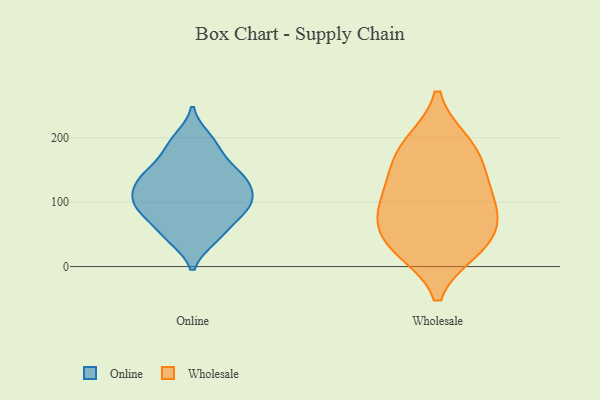
{"axis": {"x": "Customer Acquisition Cost (USD)", "y": "Value"}, "legend": ["Online", "Wholesale"], "data": [{"x": "", "y": 144, "type": "Online"}, {"x": "", "y": 103, "type": "Online"}, {"x": "", "y": 140, "type": "Online"}, {"x": "", "y": 44, "type": "Online"}, {"x": "", "y": 129, "type": "Online"}, {"x": "", "y": 78, "type": "Online"}, {"x": "", "y": 107, "type": "Online"}, {"x": "", "y": 192, "type": "Online"}, {"x": "", "y": 199, "type": "Online"}, {"x": "", "y": 157, "type": "Online"}, {"x": "", "y": 105, "type": "Online"}, {"x": "", "y": 86, "type": "Online"}, {"x": "", "y": 134, "type": "Online"}, {"x": "", "y": 138, "type": "Online"}, {"x": "", "y": 50, "type": "Online"}, {"x": "", "y": 181, "type": "Online"}, {"x": "", "y": 85, "type": "Online"}, {"x": "", "y": 86, "type": "Online"}, {"x": "", "y": 44, "type": "Online"}, {"x": "", "y": 110, "type": "Online"}, {"x": "", "y": 189, "type": "Wholesale"}, {"x": "", "y": 112, "type": "Wholesale"}, {"x": "", "y": 27, "type": "Wholesale"}, {"x": "", "y": 33, "type": "Wholesale"}, {"x": "", "y": 87, "type": "Wholesale"}, {"x": "", "y": 33, "type": "Wholesale"}, {"x": "", "y": 139, "type": "Wholesale"}, {"x": "", "y": 192, "type": "Wholesale"}, {"x": "", "y": 71, "type": "Wholesale"}, {"x": "", "y": 84, "type": "Wholesale"}, {"x": "", "y": 156, "type": "Wholesale"}]}